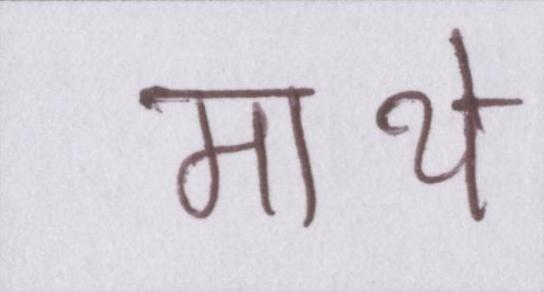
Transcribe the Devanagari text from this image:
माथे